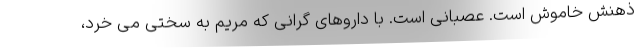
ذهنش خاموش است. عصبانی است. با داروهای گرانی که مریم به سختی می خرد،